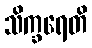
သိက္ခရေတိ